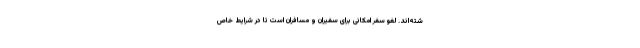
شته‌اند. لغو سفر امکانی برای سفیران و مسافران است تا در شرایط خاص